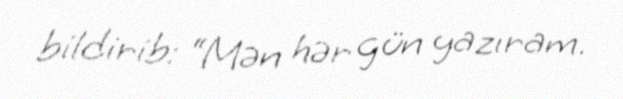
bildirib: “Mən hər gün yazıram.